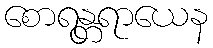
စောရန္တရာယေန